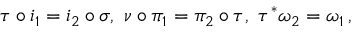
\tau \circ i _ { 1 } = i _ { 2 } \circ \sigma , \ \nu \circ \pi _ { 1 } = \pi _ { 2 } \circ \tau , \ \tau ^ { * } \omega _ { 2 } = \omega _ { 1 } \, ,